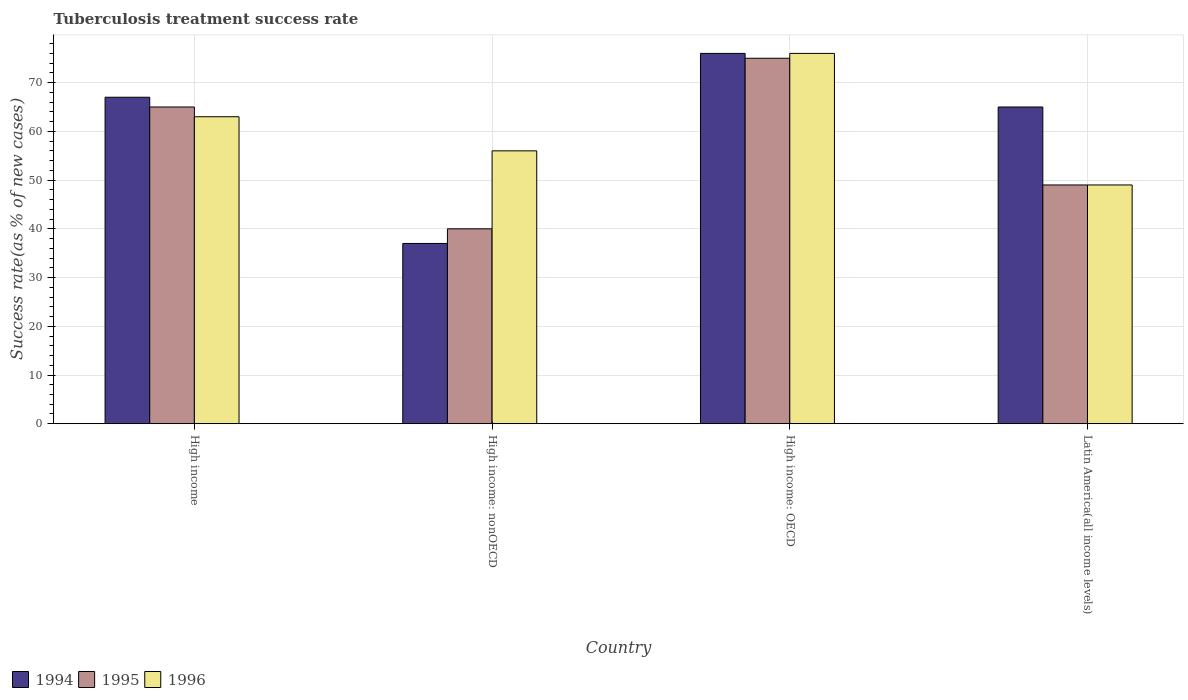
| Country | 1994 | 1995 | 1996 |
 | --- | --- | --- | --- |
 | High income | 67 | 65 | 63 |
 | High income: nonOECD | 37 | 40 | 56 |
 | High income: OECD | 76 | 75 | 76 |
 | Latin America(all income levels) | 65 | 49 | 49 |